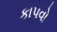
કાપવો